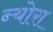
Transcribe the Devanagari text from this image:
न्योरा